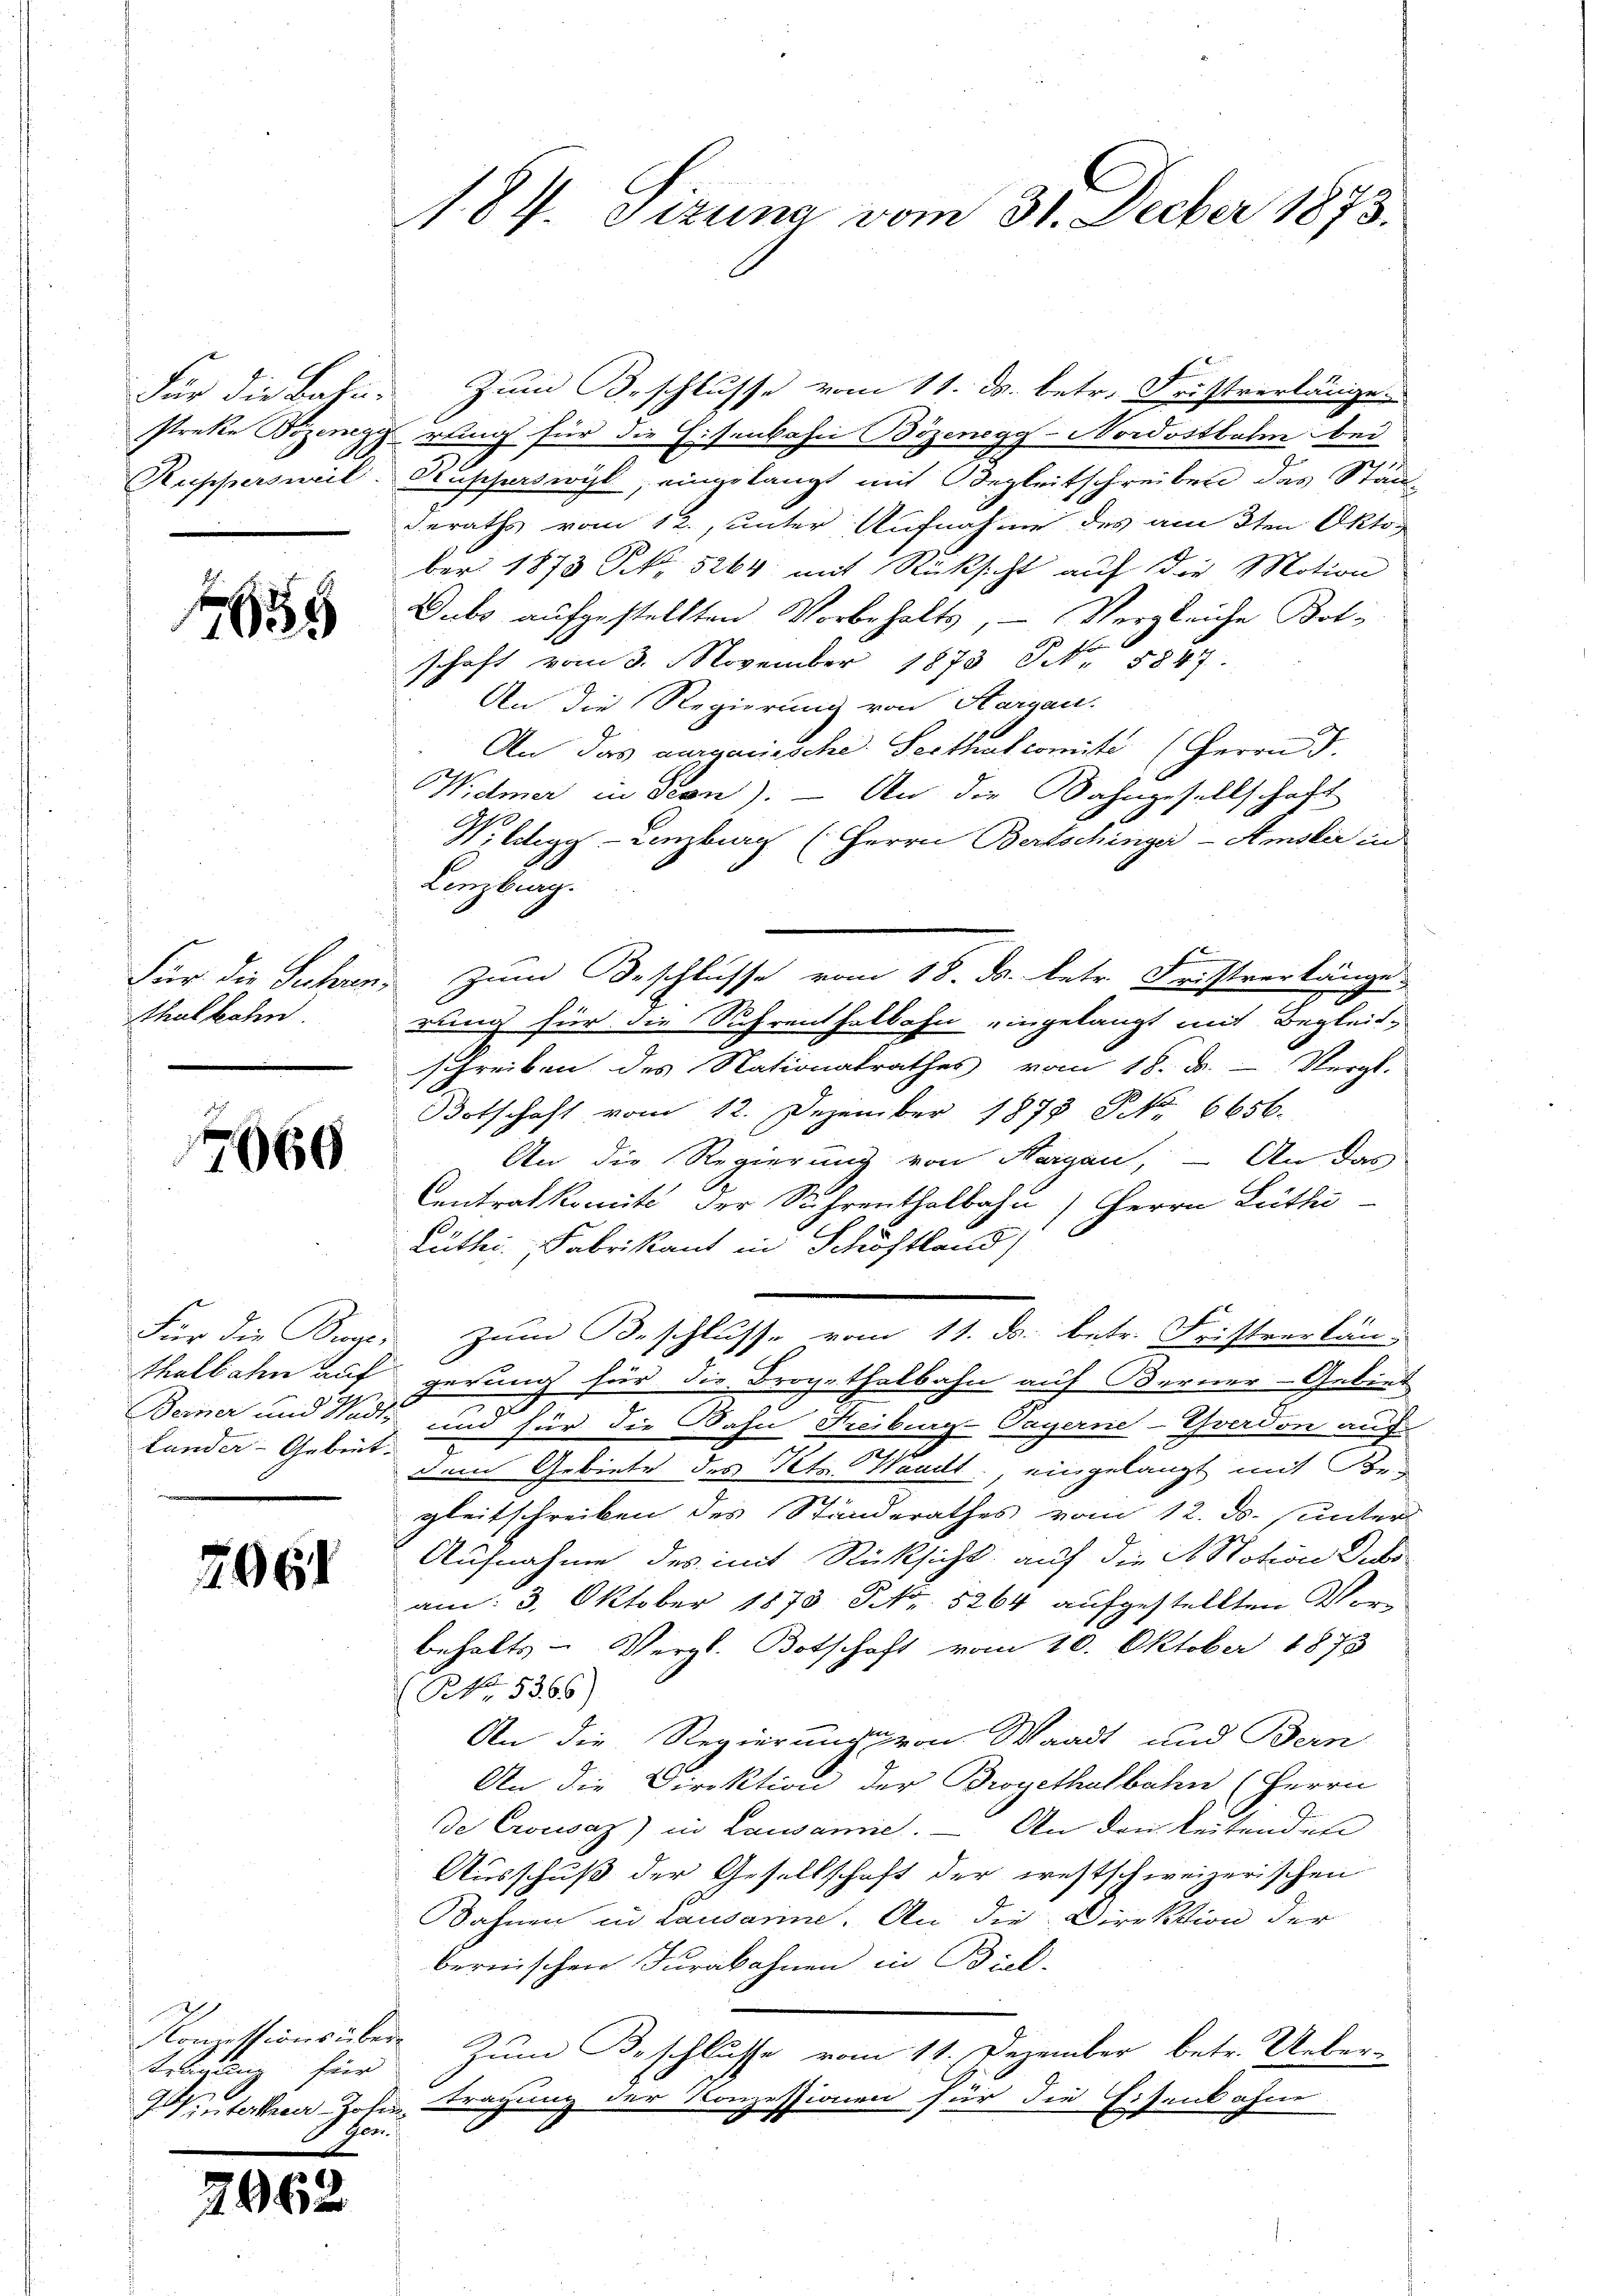
Für die Bahn¬

f

thalbahn.

7666

Lander-Gebiet.

2061

Zum Beschlusse vom 11. ds. betr. Fristverlänge
streke Bozenegg rung für die Eisenbahn Bözenegg-Nordostbahn bei
Rappersweil. Rupferswyl, eingelangt mit Begleitschreiben des Stän-
deraths vom 12. unter Aufnahme des am 3ten Oktober 1873 S. 5264 mit Rücksicht aŭf die Motion
Dubs aufgestellten Vorbehalts, – Vergleiche Botschaft vom 3. November 1873 S. 5847.
An die Regierung von Aargau.
An das ausganische Serthut comite (Herrn J.
Widmer in Seon). — An die Bahngesellschaft
W. Elgg - Lenzburg (Herrn Bertschinger-Amsler in
Lenzburg.
Für die Fuhren, zum Beschlusse vom 18. ds. betr. Fristverlänge
2
rung für die Schrenthalbahn eingelangt mit Begleitschreiben des Nationalrathes vom 18. d. - Vergl.
Botschaft vom 12. Dezember 1879 NNo. 6656.
An die Regierung von Aargau, – An das
Centralkomite der Schrenthalbahn, Herrn Lüth
Rüthi, Fabrikant in Schöftland)
Für die Burc. zum Beschlusse vom 11. ds. betr. Fristverlän
thalbahn auf gerung für die Brogethalbahn auf Berner-Gebiet
Berner und Nodić und für die Bahn Freiburg-Sayerne-Gverdon auf
dem Gebiete des Petr. Waadt: eingelangt mit Begleitschreiben des Ständerathes vom 12. ds. unter
Aufnahme des mit Rücksicht auf die St. Notion Subs
am: 3. Oktober 1878 Fr. 5264 aufgestellten Vor-
behalts- Vergl. Botschaft vom 10. Oktober 1873
NNo. 5366)
An die Regierungs von Waadt und Bern
An die Direktion der Brogethalbahn (Herrn
de Croewsaz) in Lausanne. – An den leitenden
Ausschuß der Gesellschaft der westschweizerischen
Sahnen in Lausanne. An die Direktion der
bernischen Furabahnen in Biel-
Zum Beschlusse vom 11. Dezember betr. Ueber-
Wintertheuer-Zoli tragung der Konzessionen für die Eisenbahne

Komissions über
treichung für
F. Han¬

296

1. 87. Sizung vom 31. Decber 1873.